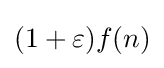
(1+\varepsilon )f(n)